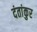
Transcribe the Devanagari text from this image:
दंतांकुर